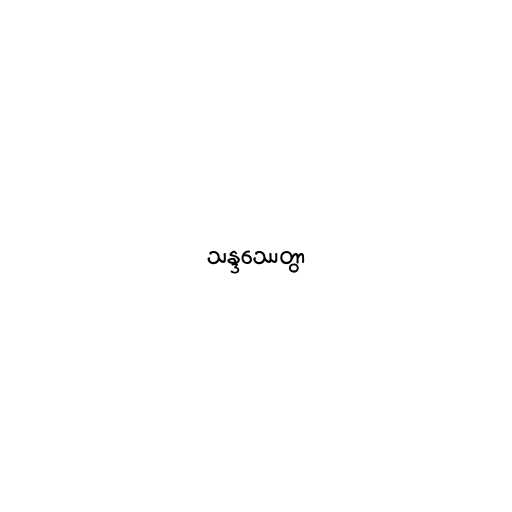
သန္ဒဿေတွာ